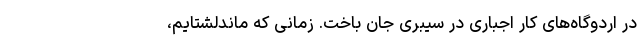
در اردوگاه‌های کار اجباری در سیبری جان باخت. زمانی که ماندلشتایم،